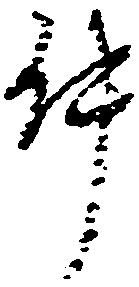
件